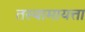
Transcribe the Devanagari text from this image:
तस्यामायत्ता